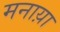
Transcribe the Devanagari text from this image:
मनाय़ा